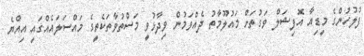
ފުލުހުންގެ މީޑިއާ އޮފިޝަލް ވަގުތަށް މައުލޫމާތު ދެއްވަމުން ވިދާޅުވީ މަސްތުވާތަކެތީގެ މައްސަލައެއްގައި އިއްޔެ